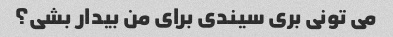
می تونی بری سیندی برای من بیدار بشی؟